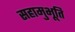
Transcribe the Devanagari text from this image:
सहामुभूति